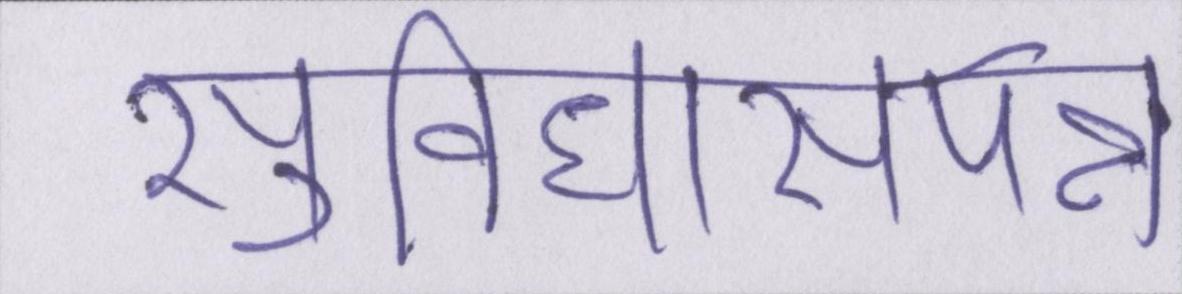
सुविधासंपन्न